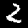
Label: 2